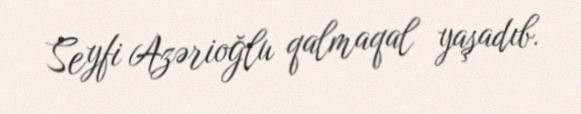
Seyfi Azərioğlu qalmaqal yaşadıb.